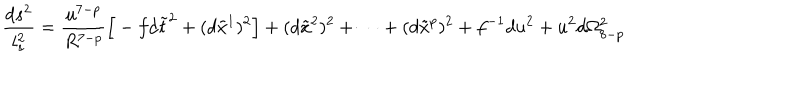
\frac { d s ^ { 2 } } { l _ { s } ^ { 2 } } = \frac { u ^ { 7 - p } } { R ^ { 7 - p } } \Big [ - f d \tilde { t } ^ { 2 } + ( d \tilde { x } ^ { 1 } ) ^ { 2 } \Big ] + ( d \tilde { x } ^ { 2 } ) ^ { 2 } + \cdots + ( d \tilde { x } ^ { p } ) ^ { 2 } + f ^ { - 1 } d u ^ { 2 } + u ^ { 2 } d \Omega _ { 8 - p } ^ { 2 }